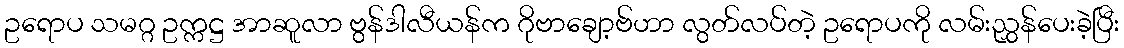
ဥရောပ သမဂ္ဂ ဥက္ကဋ္ဌ အာဆူလာ ဗွန်ဒါလီယန်က ဂိုဗာချော့ဗ်ဟာ လွတ်လပ်တဲ့ ဥရောပကို လမ်းညွှန်ပေးခဲ့ပြီး